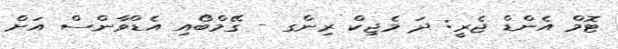
ޓޮމް އެންޑް ޖެރީ: ދަ މެޖިކް ރިންގ - ގޭމްބޯއި އެޑްވާންސް އަށް